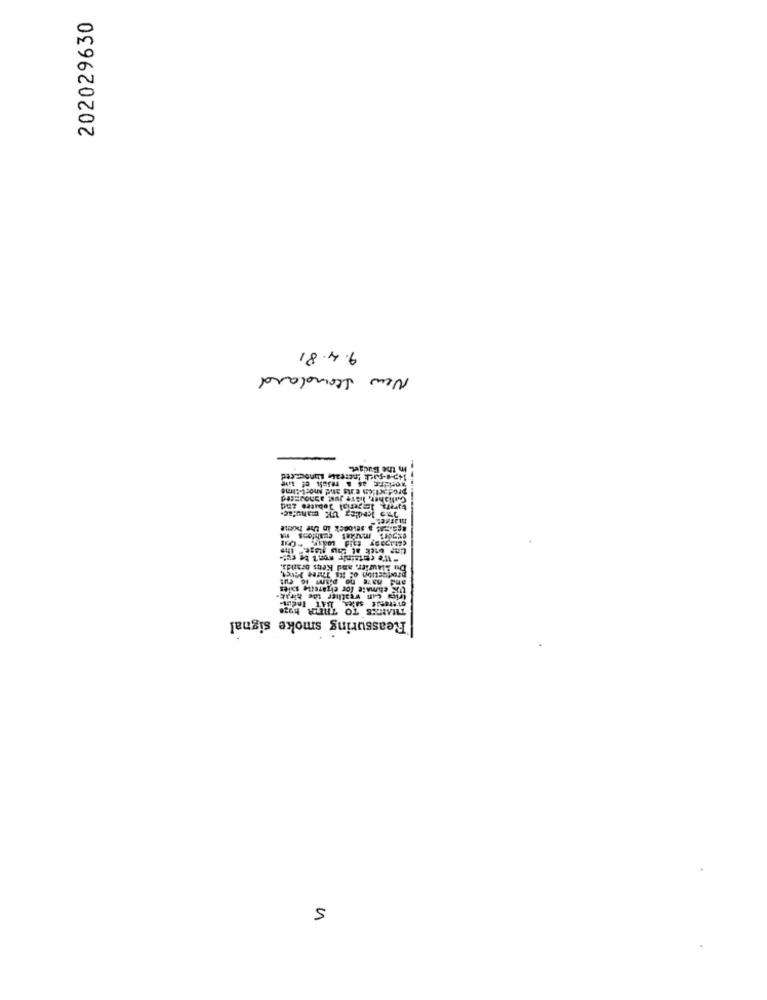
202029630
9.4.81
New Standard
In the Budget.
apalest a.sevback in the home
"W'e cetsinir won't be cut-
climate for cigarette sales
fries cin weather the birak.
HEGy WELL OL SKURVILL
Reassuring smoke signal
5